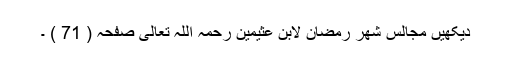
دیکھیں مجالس شھر رمضان لابن عثیمین رحمہ اللہ تعالی صفحہ ( 71 ) ۔